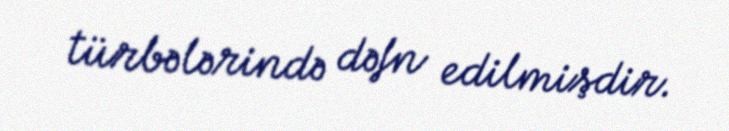
türbələrində dəfn edilmişdir.